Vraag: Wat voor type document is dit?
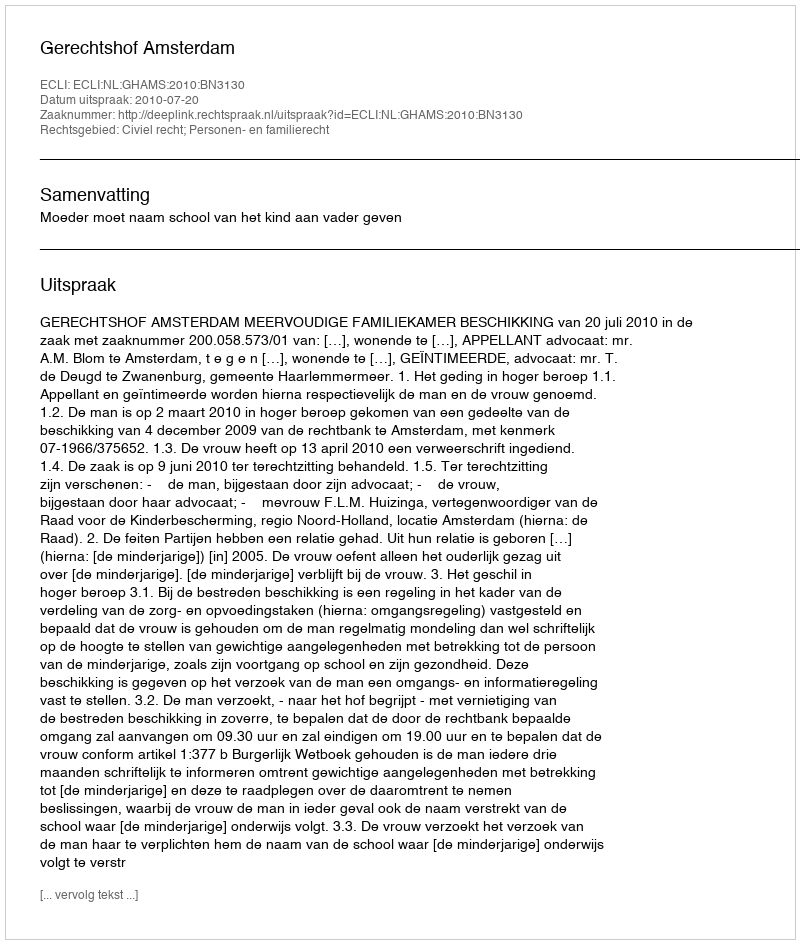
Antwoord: Uitspraak